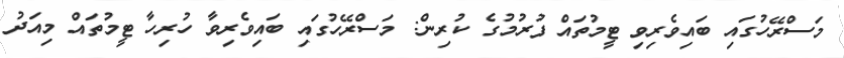
މަސްރޭހުގައި ބައިވެރިވި ޓީމުތައް ފުރުމުގެ ކުރިން: މަސްރޭހުގައި ބައިވެރިވާ ހުރިހާ ޓީމުތައް މިއަދު